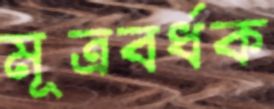
মূত্রবর্ধক